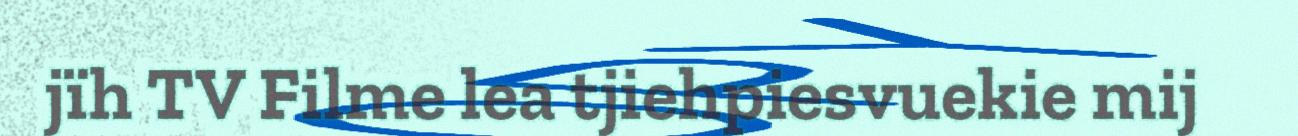
jïh TV Filme lea tjiehpiesvuekie mij